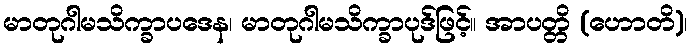
မာတုဂါမသိက္ခာပဒေန၊ မာတုဂါမသိက္ခာပုဒ်ဖြင့်။ အာပတ္တိ (ဟောတိ)၊